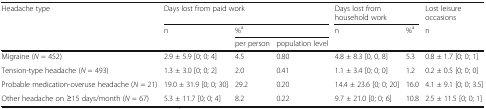
<table><thead><tr><td rowspan="3"><b>Headache type</b></td><td colspan="3"><b>Days lost from paid work</b></td><td colspan="2"><b>Days lost from household work</b></td><td><b>Lost leisure occasions</b></td></tr><tr><td rowspan="2"><b>n</b></td><td colspan="2"><b>%<sup>a</sup></b></td><td rowspan="2"><b>n</b></td><td rowspan="2"><b>%<sup>a</sup></b></td><td rowspan="2"><b>n</b></td></tr><tr><td><b>per person</b></td><td><b>population level</b></td></tr></thead><tbody><tr><td>Migraine (<i>N</i> = 452)</td><td>2.9 ± 5.9 [0; 0; 4]</td><td>4.5</td><td>0.80</td><td>4.8 ± 8.3 [0, 0, 8]</td><td>5.3</td><td>0.8 ± 1.7 [0; 0; 1]</td></tr><tr><td>Tension-type headache (<i>N</i> = 493)</td><td>1.3 ± 3.0 [0; 0; 2]</td><td>2.0</td><td>0.41</td><td>1.1 ± 3.4 [0; 0; 0]</td><td>1.2</td><td>0.2 ± 0.5 [0; 0; 0]</td></tr><tr><td>Probable medication-overuse headache (<i>N</i> = 21)</td><td>19.0 ± 31.9 [0; 0; 30]</td><td>29.2</td><td>0.20</td><td>14.4 ± 23.6 [0; 0; 20]</td><td>16.0</td><td>4.1 ± 9.1 [0; 0; 3.5]</td></tr><tr><td>Other headache on ≥15 days/month (<i>N</i> = 67)</td><td>5.3 ± 11.7 [0; 0; 4]</td><td>8.2</td><td>0.22</td><td>9.7 ± 21.0 [0; 0; 6]</td><td>10.8</td><td>2.5 ± 11.5 [0; 0; 1]</td></tr></tbody></table>